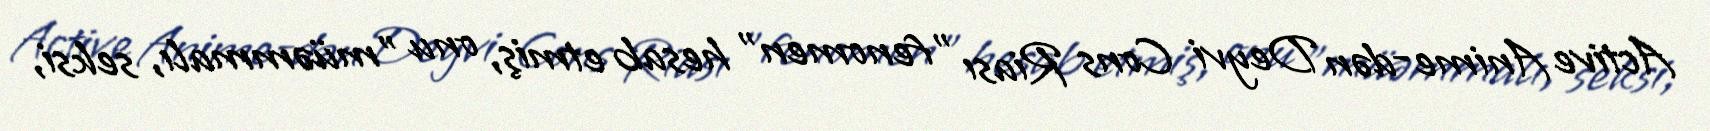
Active Anime-dən Deyvi Cons Riası "fenomen" hesab etmiş, onu "müəmmalı, seksi,